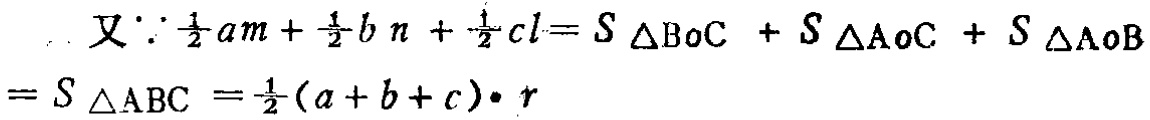
\[
\begin{align*}
\text{又}\because\frac{1}{2}am + \frac{1}{2}bn+\frac{1}{2}cl&=S_{\triangle BOC}+S_{\triangle AOC}+S_{\triangle AOB}\\
&=S_{\triangle ABC}=\frac{1}{2}(a + b + c)\cdot r
\end{align*}
\]